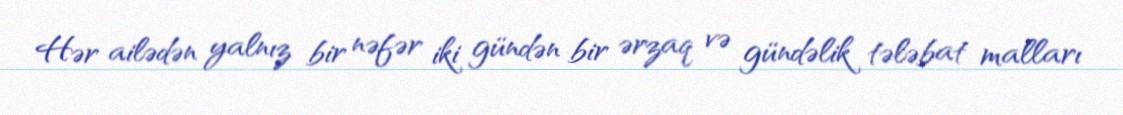
Hər ailədən yalnız bir nəfər iki gündən bir ərzaq və gündəlik tələbat malları